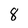
Character: 8